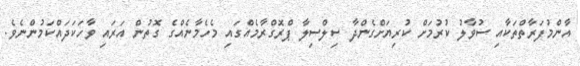
އާންމުފަރާތްތަކާއި ސުވާލު ކުރުމަށް ކުރިޔަށްގެންދާ ސިލްސިލާ ޕްރޮގްރާމެއްގައި މެހެމާނެއްގެ ގޮތުން އަރައި ވާހަކަދައްކަމުންނެވެ.